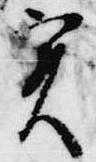
実